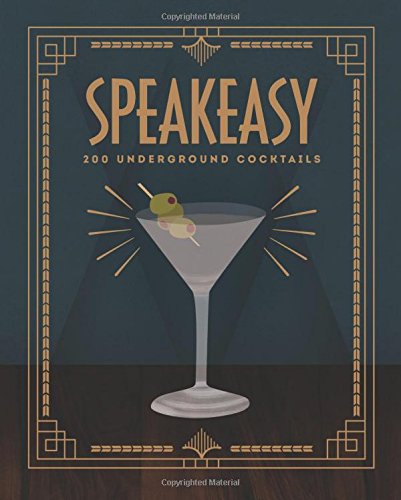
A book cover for Speakeasy: 200 Underground Cocktails; Benny Roff; Cookbooks, Food & Wine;